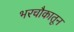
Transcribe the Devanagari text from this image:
भरचौकातून